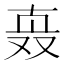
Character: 𰅹